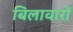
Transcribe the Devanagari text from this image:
बिलावारों